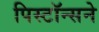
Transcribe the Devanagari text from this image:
पिस्टॉन्सने